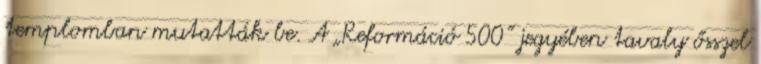
templomban mutatták be. A „Reformáció 500” jegyében tavaly ősszel